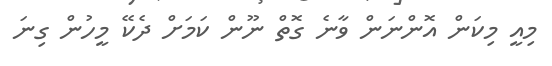
މިއީ މިކަން އޮންނަން ވާނެ ގޮތް ނޫން ކަމަށް ދެކޭ މީހުން ގިނަ